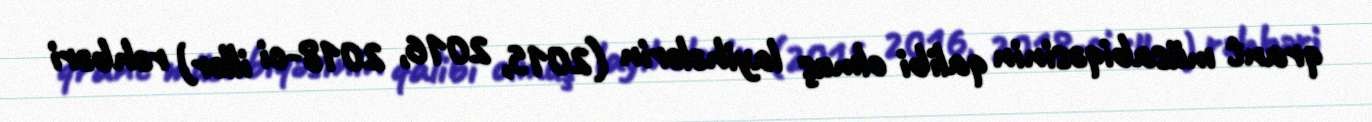
qrant müsabiqəsinin qalibi olmuş layihələrin (2015, 2016, 2018-ci illər) rəhbəri